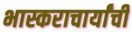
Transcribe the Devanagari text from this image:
भास्कराचार्यांची